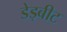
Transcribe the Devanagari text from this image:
डेड्बीट